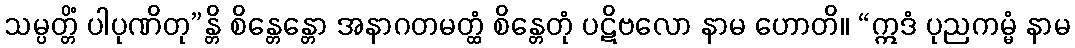
သမ္ပတ္တိံ ပါပုဏိတု”န္တိ စိန္တေန္တော အနာဂတမတ္ထံ စိန္တေတုံ ပဋိဗလော နာမ ဟောတိ။ “ဣဒံ ပုညကမ္မံ နာမ